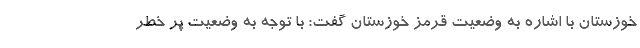
خوزستان با اشاره به وضعیت قرمز خوزستان گفت: با توجه به وضعیت پر خطر